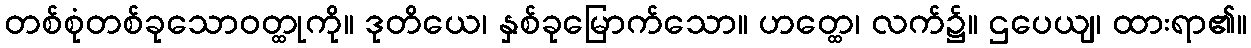
တစ်စုံတစ်ခုသောဝတ္ထုကို။ ဒုတိယေ၊ နှစ်ခုမြောက်သော။ ဟတ္ထေ၊ လက်၌။ ဌပေယျ၊ ထားရာ၏။